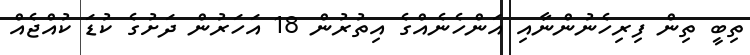
ތިބީ ތިން ފިރިހެނުންނާއި އަންހެނެއްގެ އިތުރުން 18 އަހަރުން ދަށުގެ ކުޑަ ކުއްޖެއް